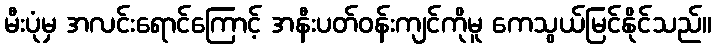
မီးပုံမှ အလင်းရောင်ကြောင့် အနီးပတ်ဝန်းကျင်ကိုမူ ကေသွယ်မြင်နိုင်သည်။